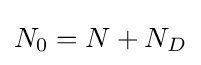
N_{0}=N+N_{D}\,\!